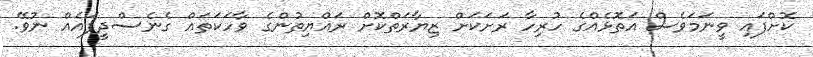
ކޮށްފައި ވީނަމަވެސް އަތޮޅެއްގެ ހުރިހާ ރަށަކަށް ޒިޔާރަތްކޮށް ރައްޔިތުންގެ ވާހަކަތައް ގެނެސްދީފައެއް ނުވޭ.